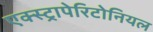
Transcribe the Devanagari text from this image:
एक्स्ट्रापेरिटोनियल